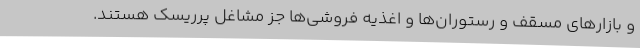
و بازارهای مسقف و رستوران‌ها و اغذیه فروشی‌ها جز مشاغل پرریسک هستند.